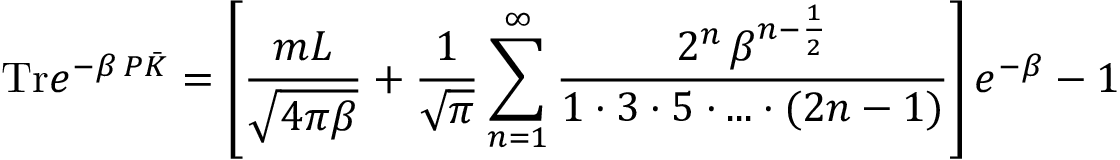
\mathrm { T r } e ^ { - \beta \, P \bar { \cal K } } = \left[ \frac { m L } { \sqrt { 4 \pi \beta } } + \frac { 1 } { \sqrt { \pi } } \sum _ { n = 1 } ^ { \infty } \frac { 2 ^ { n } \, \beta ^ { n - \frac { 1 } { 2 } } } { 1 \cdot 3 \cdot 5 \cdot . . . \cdot ( 2 n - 1 ) } \right] e ^ { - \beta } - 1